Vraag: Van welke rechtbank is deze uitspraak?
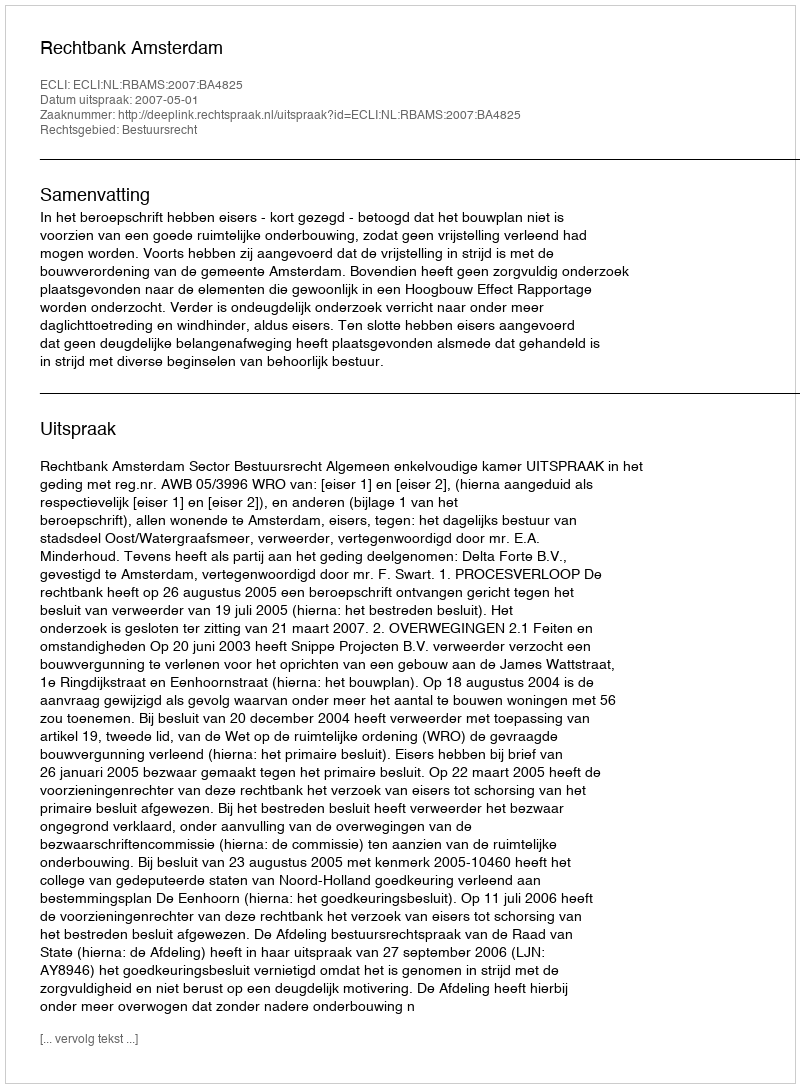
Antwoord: Rechtbank Amsterdam